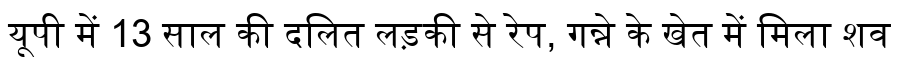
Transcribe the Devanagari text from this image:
यूपी में 13 साल की दलित लड़की से रेप, गन्ने के खेत में मिला शव